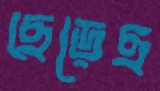
ছেড়েছ